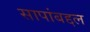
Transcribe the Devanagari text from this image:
सापांबद्दल